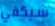
سيكفي